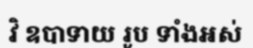
វិ ឧបាទាយ រូប ទាំងអស់